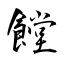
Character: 饄